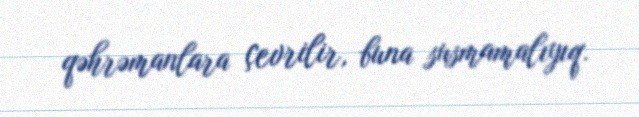
qəhrəmanlara çevrilir, buna susmamalıyıq.